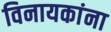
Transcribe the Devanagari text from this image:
विनायकांना